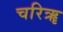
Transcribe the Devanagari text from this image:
चरिॠ